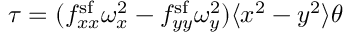
\tau = ( f _ { x x } ^ { \mathrm { s f } } \omega _ { x } ^ { 2 } - f _ { y y } ^ { \mathrm { s f } } \omega _ { y } ^ { 2 } ) \langle x ^ { 2 } - y ^ { 2 } \rangle \theta